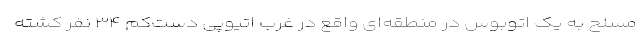
مسلح به یک اتوبوس در منطقه‌ای واقع در غرب اتیوپی دست‌کم ۳۴ نفر کشته